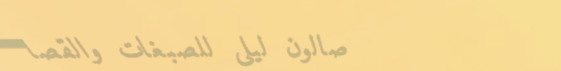
صالون ليلى للصبغات والقصا